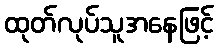
ထုတ်လုပ်သူအနေဖြင့်